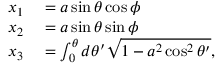
\begin{array} { r l } { x _ { 1 } } & { { } = a \sin \theta \cos \phi } \\ { x _ { 2 } } & { { } = a \sin \theta \sin \phi } \\ { x _ { 3 } } & { { } = \int _ { 0 } ^ { \theta } d \theta ^ { \prime } \sqrt { 1 - a ^ { 2 } \cos ^ { 2 } \theta ^ { \prime } } , } \end{array}